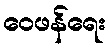
ဝေဖန်ရေး